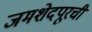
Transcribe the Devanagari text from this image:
जमशेदपूरची